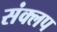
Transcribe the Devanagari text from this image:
संक्लप